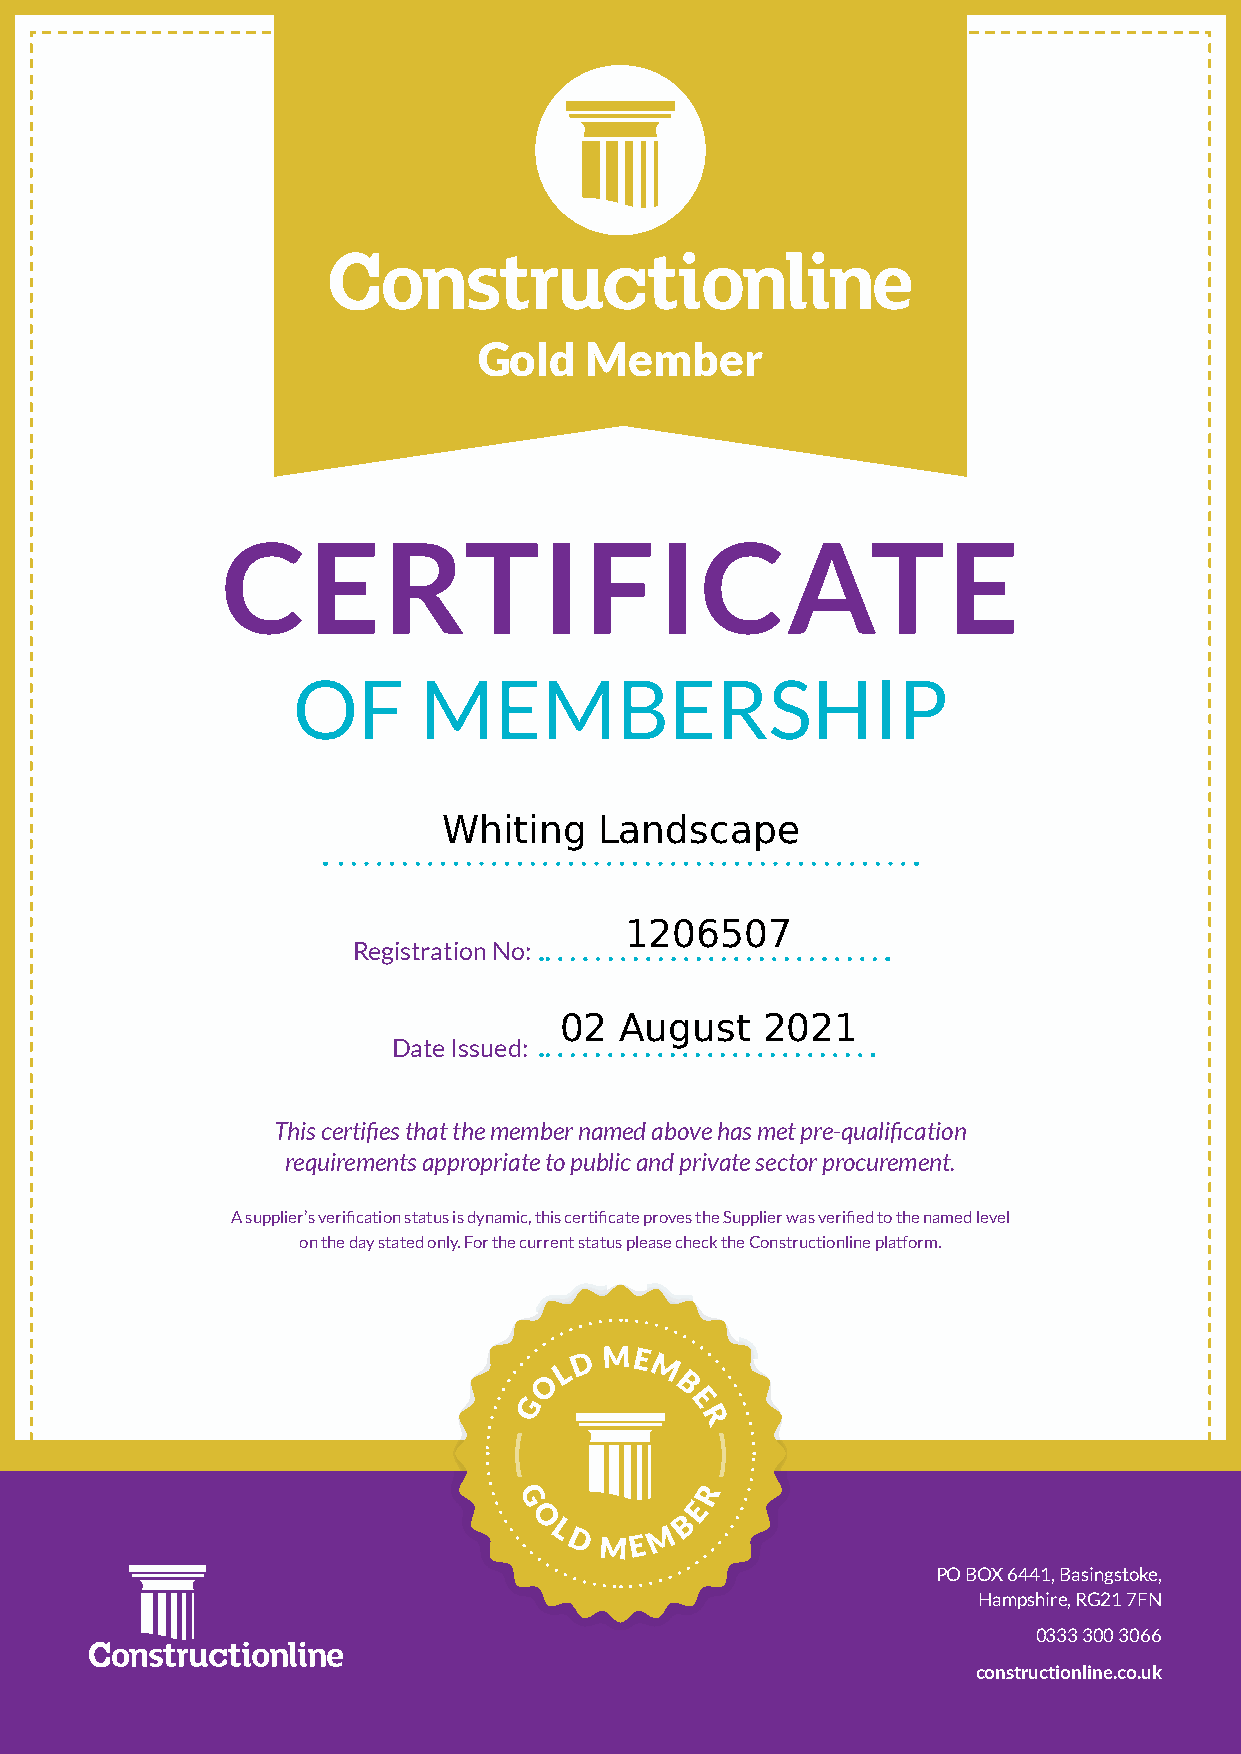
Gold   Member
 CERTIFICATE
 OF       MEMBERSHIP
 Whiting    Landscape
 1206507
 Registration No:
 02  August   2021
 Date Issued:
 This certifies that the member named above has met pre-qualification
 requirements appropriate to public and private sector procurement.
 A supplier’s verification status is dynamic, this certificate proves the Supplier was verified to the named level
 on the day stated only. For the current status please check the Constructionline platform.
 D ME
 L     M
 O
 B
 G         E
 R
 R
 G           E
 O         B
 L      M
 D  ME
 PO BOX 6441, Basingstoke,
 Hampshire, RG21 7FN
 0333 300 3066
 constructionline.co.uk